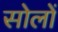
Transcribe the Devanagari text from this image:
सोलों